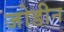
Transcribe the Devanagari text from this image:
जोडीन